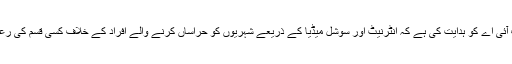
وزیر داخلہ نے ایف آئی اے کو ہدایت کی ہے کہ انٹرنیٹ اور سوشل میڈیا کے ذریعے شہریوں کو حراساں کرنے والے افراد کے خلاف کسی قسم کی رعایت نہ برتی جائے۔